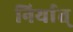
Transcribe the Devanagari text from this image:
निर्यात्‌